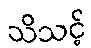
သိသင့်